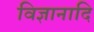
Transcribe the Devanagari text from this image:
विज्ञानादि